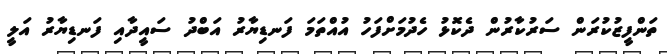
ތަންފީޒުކުރަން ސަރުކާރުން ދެކޮޅު ހެދުމަށްފަހު އުއްތަމަ ފަނޑިޔާރު އަބްދު ސައީދާއި ފަނޑިޔާރު އަލީ